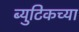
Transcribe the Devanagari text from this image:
ब्युटिकच्या